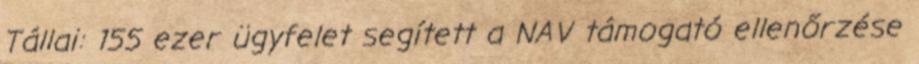
Tállai: 155 ezer ügyfelet segített a NAV támogató ellenőrzése